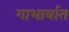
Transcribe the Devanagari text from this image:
गाभार्यात